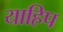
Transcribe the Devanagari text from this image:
याहिप